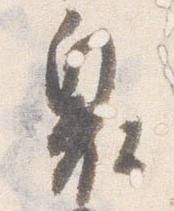
奥